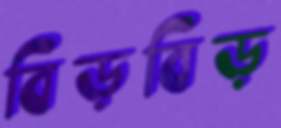
বিড়বিড়